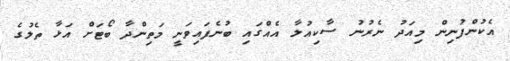
އެކުންފުނިން މިއަދު ނެރުނު ސާކިއުލާ އެއްގައި ބުނެފައިވަނީ މަތިންދާ ބޯޓަށް އަޅާ ތެލުގެ